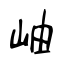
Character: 岫